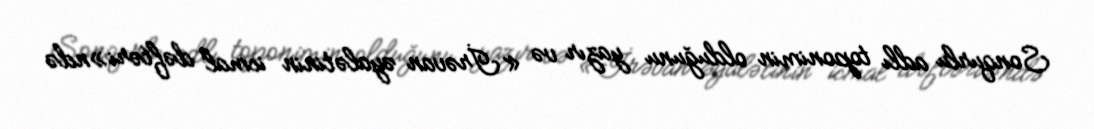
Sonqurlu adlı toponimin olduğunu yazır və «İrəvan əyalətinin icmal dəftəri»ndə